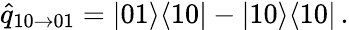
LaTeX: \hat{q}_{10\to 01}=|01\rangle\langle 10|-|10\rangle\langle 10|\, .